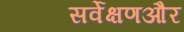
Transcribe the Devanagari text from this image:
सर्वेक्षणऔर